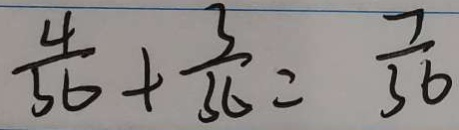
\frac { 4 } { 3 6 } + \frac { 3 } { 3 6 } = \frac { 7 } { 3 6 }